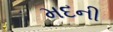
મદની